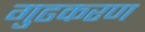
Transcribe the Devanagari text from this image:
गुढकरण